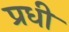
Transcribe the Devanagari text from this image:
प्रधी